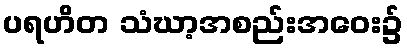
ပရဟိတ သံဃာ့အစည်းအဝေး၌